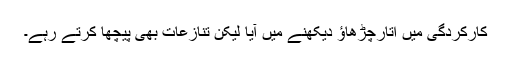
کارکردگی میں اتارچڑھاؤ دیکھنے میں آیا لیکن تنازعات بھی پیچھا کرتے رہے۔